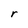
Character: r